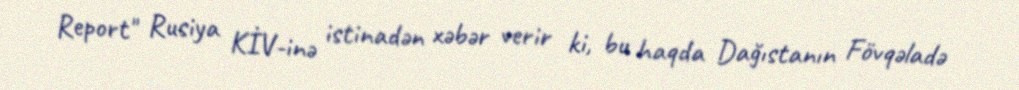
Report" Rusiya KİV-inə istinadən xəbər verir ki, bu haqda Dağıstanın Fövqəladə